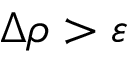
\Delta \rho > \varepsilon